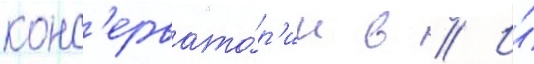
конс'ервато́р'ии в // И́